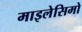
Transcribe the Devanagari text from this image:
माइलेसिमो